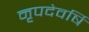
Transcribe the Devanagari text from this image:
नृपदेवर्षि